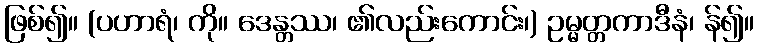
ဖြစ်၍။ (ပဟာရံ၊ ကို။ ဒေန္တဿ၊ ၏လည်းကောင်း၊) ဥမ္မတ္တကာဒီနံ၊ န်၍။